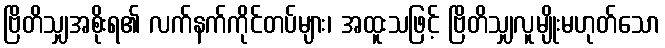
ဗြိတိသျှအစိုးရ၏ လက်နက်ကိုင်တပ်များ၊ အထူးသဖြင့် ဗြိတိသျှလူမျိုးမဟုတ်သော